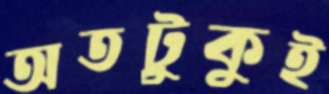
অতটুকুই